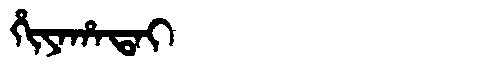
Manchu: ᡥᡳᠶᠠᡥᠠᡨᠠᡳ
Romanization: HIYAHATAI